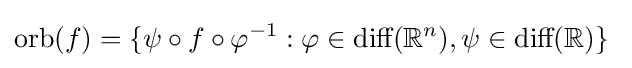
{\mbox{orb}}(f)=\{\psi \circ f\circ \varphi ^{-1}:\varphi \in {\mbox{diff}}(\mathbb {R} ^{n}),\psi \in {\mbox{diff}}(\mathbb {R} )\}\